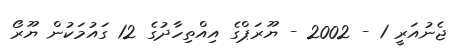
ޖެނުއަރީ 1 - 2002 - ޔޫރަޕްގެ އިއްތިހާދުގެ 12 ގައުމަކުން ޔޫރޯ